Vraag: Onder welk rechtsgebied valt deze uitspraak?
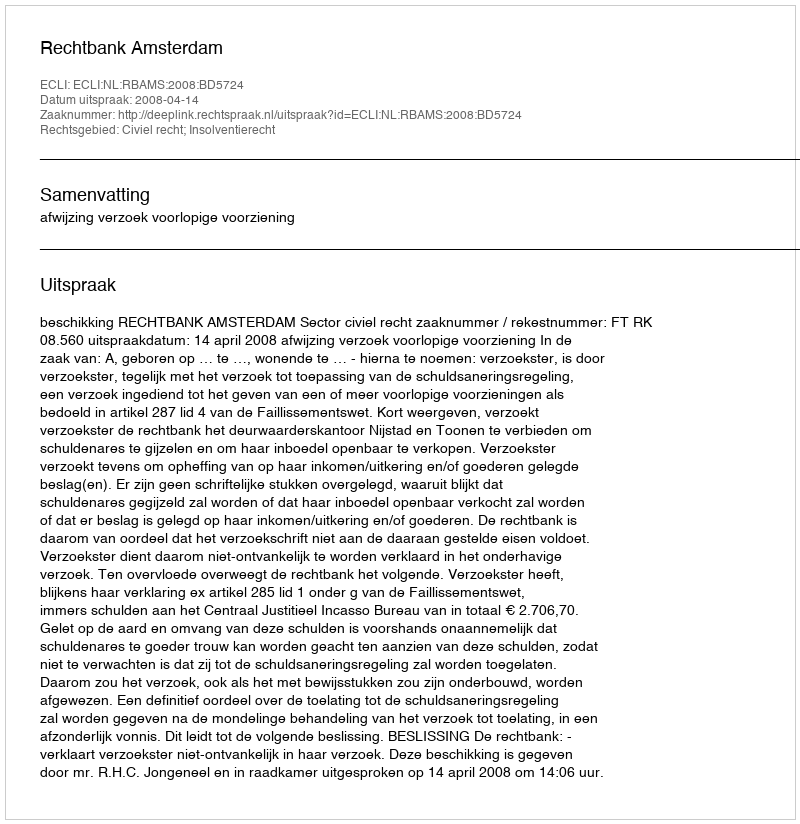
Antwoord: Civiel recht; Insolventierecht